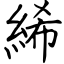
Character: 絺